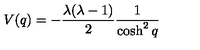
V ( q ) = - \frac { \lambda ( \lambda - 1 ) } { 2 } \frac { 1 } { \cosh ^ { 2 } q }